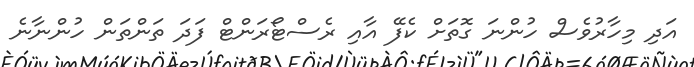
އަދި މިހާރުވެސް ހުންނަ ގޮތަށް ކެފޭ އާއި ރެސްޓޯރަންޓް ފަދަ ތަންތަން ހުންނާނެ